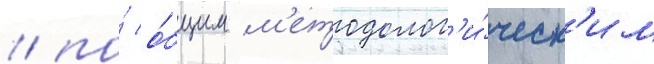
/ по́ о́бщим м'етодолог'и́ческ'им